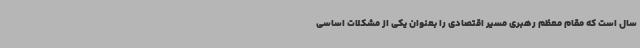
سال است که مقام معظم رهبری مسیر اقتصادی را بعنوان یکی از مشکلات اساسی